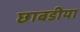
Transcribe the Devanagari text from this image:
छाबडीया